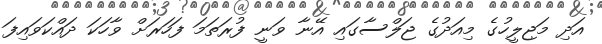
އަދި މަޖިލީހުގެ މިއަދުގެ ޖަލްސާގައި އޭނާ ވަނީ ފުރަތަމަ ފަހަރަށް ވާހަކަ ދައްކަވައިފަ